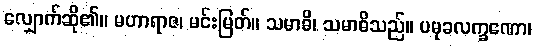
လျှောက်ဆို၏။ မဟာရာဇ၊ မင်းမြတ်။ သမာဓိ၊ သမာဓိသည်။ ပမုခလက္ခဏော၊